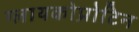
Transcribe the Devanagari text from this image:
ग्लायकोप्रोटिन